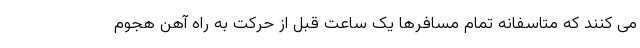
می کنند که متاسفانه تمام مسافرها یک ساعت قبل از حرکت به راه آهن هجوم